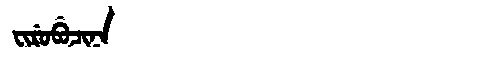
Manchu: ᠸᡳᡵᡠᠪᡠᠴᡳᠨᠠ
Romanization: FIRUBUCINA